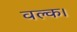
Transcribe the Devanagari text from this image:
वल्क।